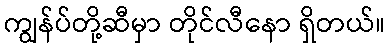
ကျွန်ပ်တို့ဆီမှာ တိုင်လီနော ရှိတယ်။